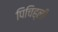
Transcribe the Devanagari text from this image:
पिचिह्ली